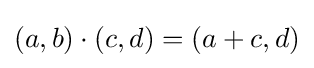
(a,b)\cdot (c,d)=(a+c,d)